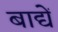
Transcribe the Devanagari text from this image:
बाद्यें